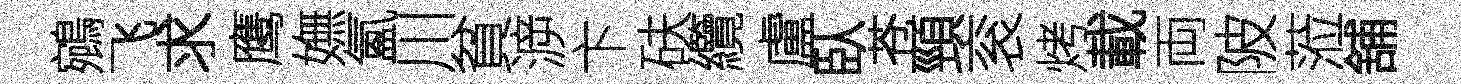
鵷飞求鹰嫵氳川貧㴑卞砆纜盧臥苍頸衮烤載両陂蒞舖